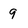
Character: 9